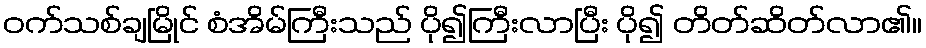
ဝက်သစ်ချမြိုင် စံအိမ်ကြီးသည် ပို၍ကြီးလာပြီး ပို၍ တိတ်ဆိတ်လာ၏။